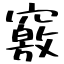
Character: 竅